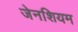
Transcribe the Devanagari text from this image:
जेनशियम